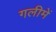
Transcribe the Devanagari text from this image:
गलीमें